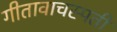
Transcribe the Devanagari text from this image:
गीतावाचस्पती